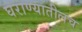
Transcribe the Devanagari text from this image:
घराण्यातीलच